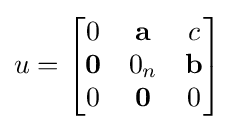
u={\begin{bmatrix}0&\mathbf {a} &c\\\mathbf {0} &0_{n}&\mathbf {b} \\0&\mathbf {0} &0\end{bmatrix}}